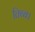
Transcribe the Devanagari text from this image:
तिब्ब।